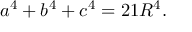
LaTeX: a ^ { 4 } + b ^ { 4 } + c ^ { 4 } = 2 1 R ^ { 4 } .